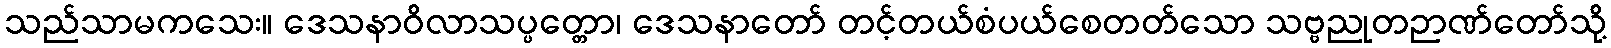
သည်သာမကသေး။ ဒေသနာဝိလာသပ္ပတ္တော၊ ဒေသနာတော် တင့်တယ်စံပယ်စေတတ်သော သဗ္ဗညုတဉာဏ်တော်သို့